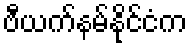
ဗီယက်နမ်နိုင်ငံက